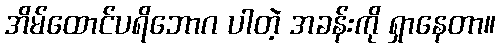
အိမ်ထောင်ပရိဘောဂ ပါတဲ့ အခန်းကို ရှာနေတာ။